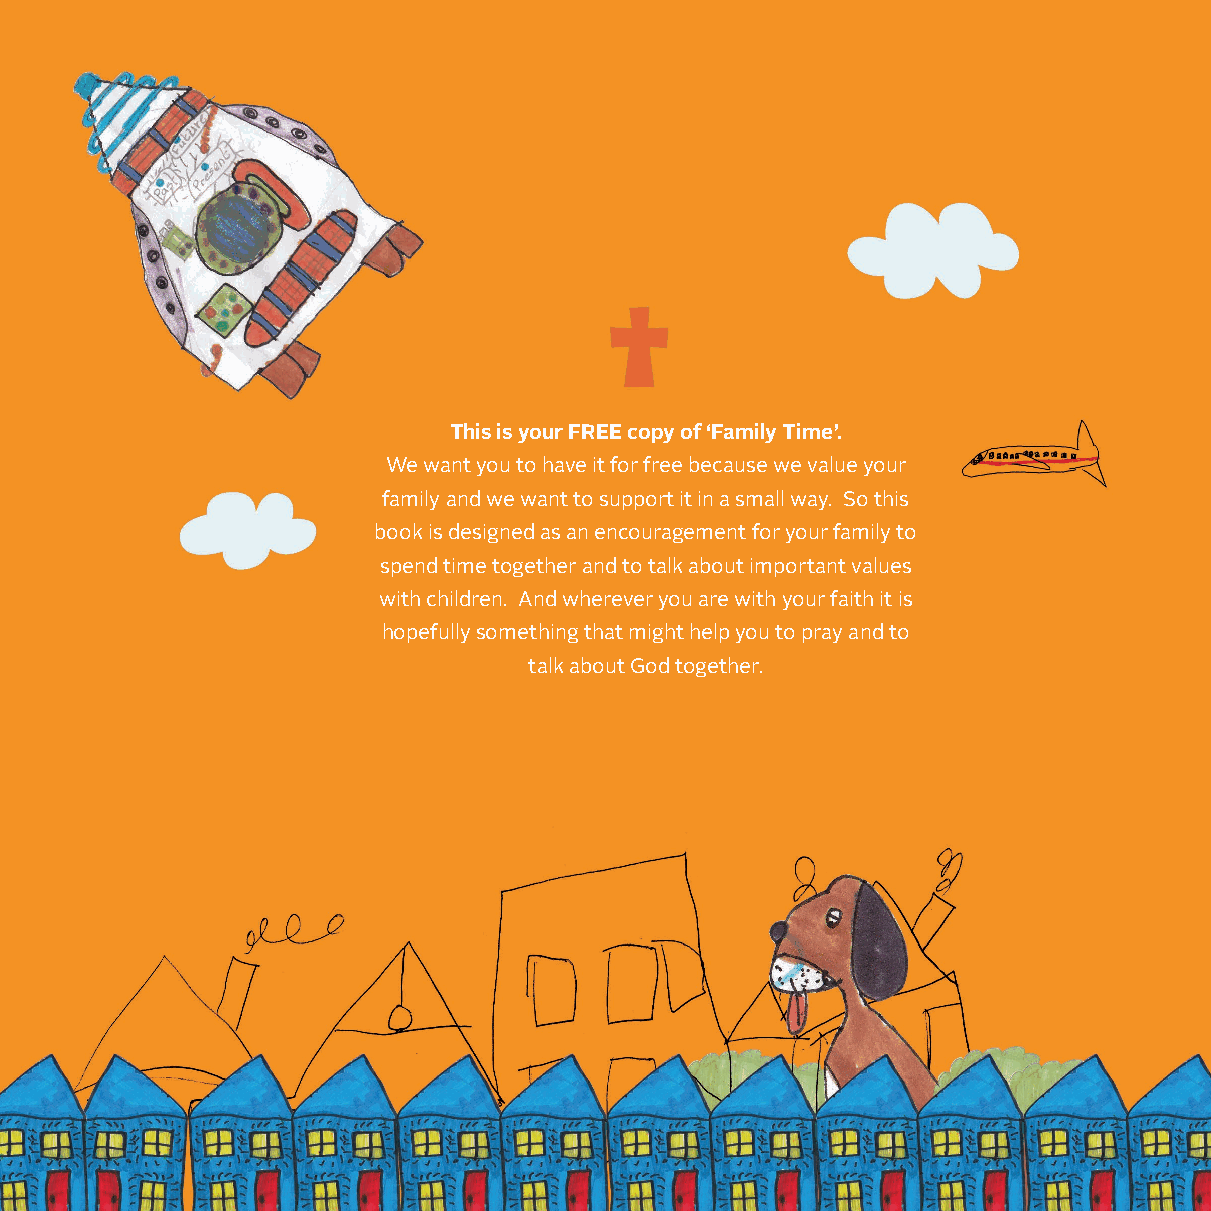
This is your FREE copy of ‘Family Time’.
 We want you to have it for free because we value your
 family and we want to support it in a small way. So this
 book is designed as an encouragement for your family to
 spend time together and to talk about important values
 with children. And wherever you are with your faith it is
 hopefully something that might help you to pray and to
 talk about God together.
 72
 FAMILY
 TIME
 written
 by
 Andrew
 Brannigan
 and
 Prayers
 by
 Rev.
 Adrian
 Dorrian